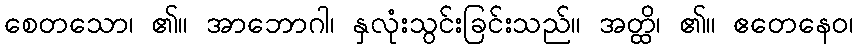
စေတသော၊ ၏။ အာဘောဂါ၊ နှလုံးသွင်းခြင်းသည်။ အတ္ထိ၊ ၏။ ဧတေနေဝ၊